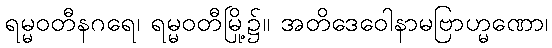
ရမ္မဝတီနဂရေ၊ ရမ္မဝတီမြို့၌။ အတိဒေဝေါနာမဗြာဟ္မဏော၊